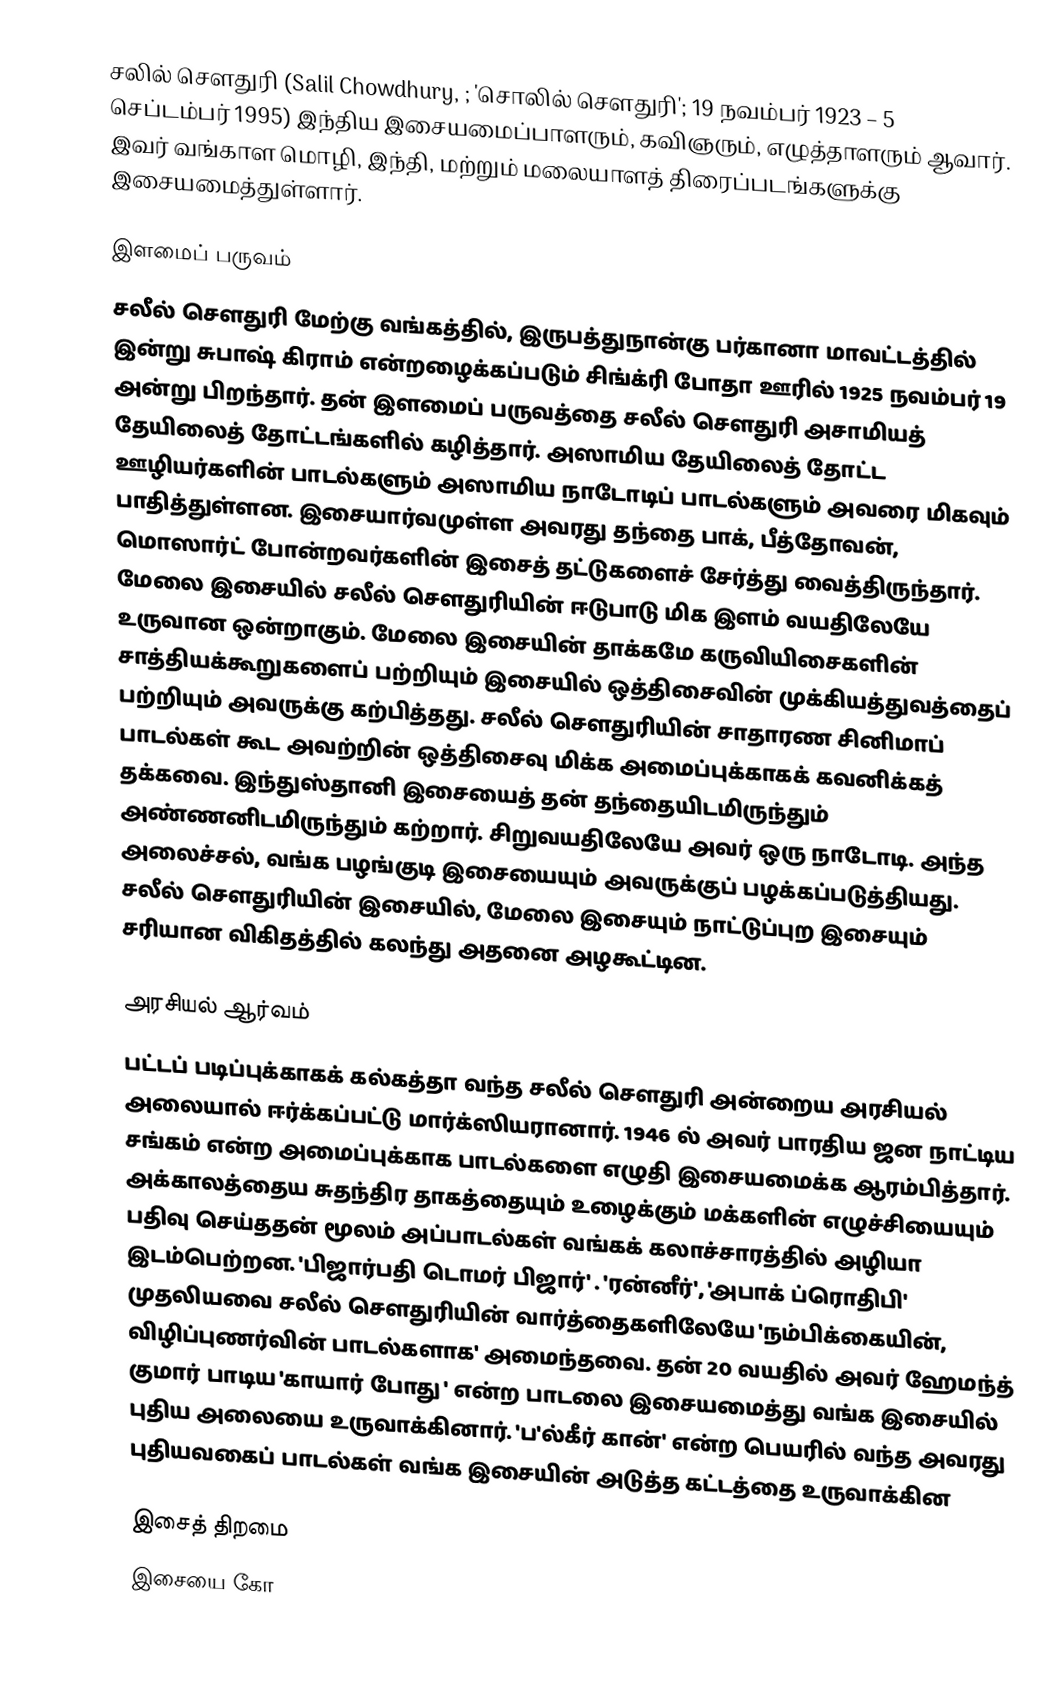
சலில் சௌதுரி (Salil Chowdhury, ; 'சொலில் சௌதுரி'; 19 நவம்பர் 1923 – 5 செப்டம்பர் 1995) இந்திய இசையமைப்பாளரும், கவிஞரும், எழுத்தாளரும் ஆவார். இவர் வங்காள மொழி, இந்தி, மற்றும் மலையாளத் திரைப்படங்களுக்கு இசையமைத்துள்ளார்.

இளமைப் பருவம்
சலீல் சௌதுரி மேற்கு வங்கத்தில், இருபத்துநான்கு பர்கானா மாவட்டத்தில் இன்று சுபாஷ் கிராம் என்றழைக்கப்படும் சிங்க்ரி போதா ஊரில் 1925 நவம்பர் 19 அன்று பிறந்தார். தன் இளமைப் பருவத்தை சலீல் சௌதுரி அசாமியத் தேயிலைத் தோட்டங்களில் கழித்தார். அஸாமிய தேயிலைத் தோட்ட ஊழியர்களின் பாடல்களும் அஸாமிய நாடோடிப் பாடல்களும் அவரை மிகவும் பாதித்துள்ளன. இசையார்வமுள்ள அவரது தந்தை பாக், பீத்தோவன், மொஸார்ட் போன்றவர்களின் இசைத் தட்டுகளைச் சேர்த்து வைத்திருந்தார். மேலை இசையில் சலீல் சௌதுரியின் ஈடுபாடு மிக இளம் வயதிலேயே உருவான ஒன்றாகும். மேலை இசையின் தாக்கமே கருவியிசைகளின் சாத்தியக்கூறுகளைப் பற்றியும் இசையில் ஒத்திசைவின் முக்கியத்துவத்தைப் பற்றியும் அவருக்கு கற்பித்தது. சலீல் சௌதுரியின் சாதாரண சினிமாப் பாடல்கள் கூட அவற்றின் ஒத்திசைவு மிக்க அமைப்புக்காகக் கவனிக்கத் தக்கவை. இந்துஸ்தானி இசையைத் தன் தந்தையிடமிருந்தும் அண்ணனிடமிருந்தும் கற்றார். சிறுவயதிலேயே அவர் ஒரு நாடோடி. அந்த அலைச்சல், வங்க பழங்குடி இசையையும் அவருக்குப் பழக்கப்படுத்தியது. சலீல் சௌதுரியின் இசையில், மேலை இசையும் நாட்டுப்புற இசையும் சரியான விகிதத்தில் கலந்து அதனை அழகூட்டின.

அரசியல் ஆர்வம்
பட்டப் படிப்புக்காகக் கல்கத்தா வந்த சலீல் சௌதுரி அன்றைய அரசியல் அலையால் ஈர்க்கப்பட்டு மார்க்ஸியரானார். 1946 ல் அவர் பாரதிய ஜன நாட்டிய சங்கம் என்ற அமைப்புக்காக பாடல்களை எழுதி இசையமைக்க ஆரம்பித்தார். அக்காலத்தைய சுதந்திர தாகத்தையும் உழைக்கும் மக்களின் எழுச்சியையும் பதிவு செய்ததன் மூலம் அப்பாடல்கள் வங்கக் கலாச்சாரத்தில் அழியா இடம்பெற்றன. 'பிஜார்பதி டொமர் பிஜார்' . 'ரன்னீர்', 'அபாக் ப்ரொதிபி' முதலியவை சலீல் சௌதுரியின் வார்த்தைகளிலேயே 'நம்பிக்கையின், விழிப்புணர்வின் பாடல்களாக' அமைந்தவை. தன் 20 வயதில் அவர் ஹேமந்த் குமார் பாடிய 'காயார் போது ' என்ற பாடலை இசையமைத்து வங்க இசையில் புதிய அலையை உருவாக்கினார். 'ப'ல்கீர் கான்' என்ற பெயரில் வந்த அவரது புதியவகைப் பாடல்கள் வங்க இசையின் அடுத்த கட்டத்தை உருவாக்கின

இசைத் திறமை
இசையை கோ